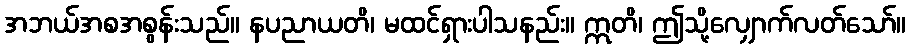
အဘယ်အစအစွန်းသည်။ နပညာယတိ၊ မထင်ရှားပါသနည်း။ ဣတိ၊ ဤသို့လျှောက်လတ်သော်။